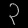
Digit: ၃